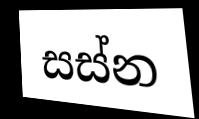
සස්න